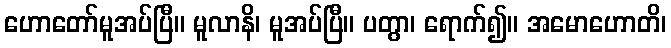
ဟောတော်မူအပ်ပြီ။ မူလာနိ၊ မူအပ်ပြီ။ ပတွာ၊ ရောက်၍။ အမောဟောတိ၊